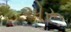
એરૂ